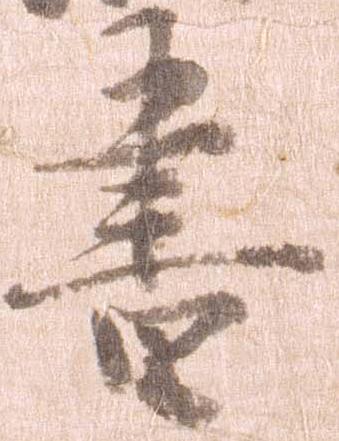
書